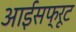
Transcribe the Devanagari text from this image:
आईसफ्रूट